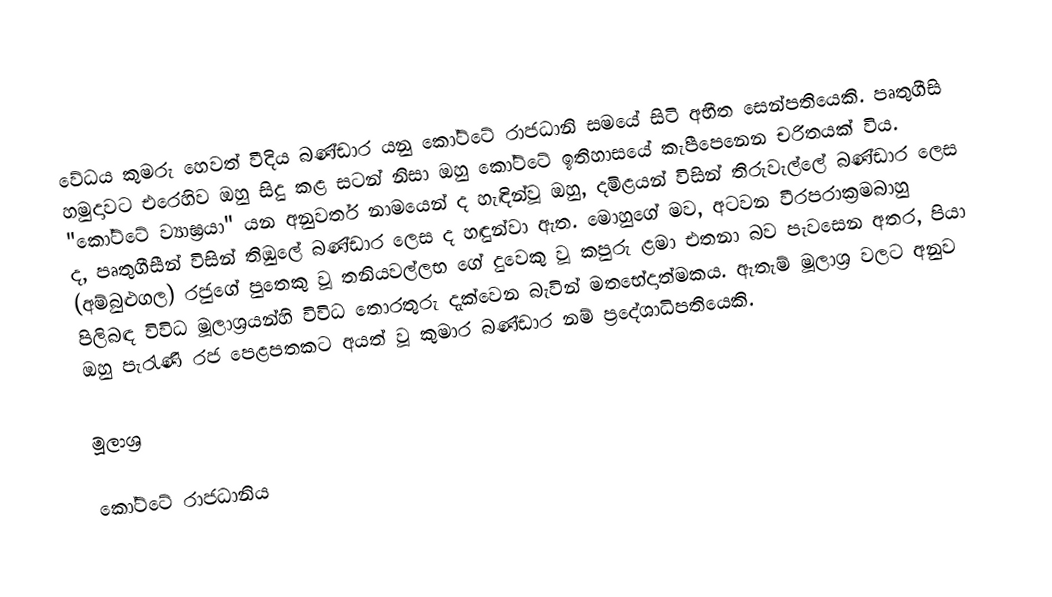
වේධය කුමරු හෙවත් වීදිය බණ්ඩාර යනු කෝට්ටේ රාජධානි සමයේ සිටි අභීත සෙන්පතියෙකි. පෘතුගීසි හමුදාවට එරෙහිව ඔහු සිදු කළ සටන් නිසා ඔහු කෝට්ටේ ඉතිහාසයේ කැපීපෙනෙන චරිතයක් විය. "කෝට්ටේ ව්‍යාඝ්‍රයා" යන අනුවර්ත නාමයෙන් ද හැඳින්වූ ඔහු, දමිළයන් විසින් තිරුවැල්ලේ බණ්ඩාර ලෙස ද, පෘතුගීසීන් විසින් තිඹුලේ බණ්ඩාර ලෙස ද හඳුන්වා ඇත. මොහුගේ මව, අටවන වීරපරාක්‍රමබාහු (අම්බුළුගල) රජුගේ පුතෙකු වූ තනියවල්ලභ ගේ දුවෙකු වූ කපුරු ළමා එතනා  බව පැවසෙන අතර, පියා පිලිබඳ විවිධ මූලාශ්‍රයන්හි විවිධ තොරතුරු දැක්වෙන බැවින් මතභේදාත්මකය. ඇතැම් මූලාශ්‍ර වලට අනුව ඔහු පැරැණි රජ පෙළපතකට අයත් වූ කුමාර බණ්ඩාර නම් ප්‍රදේශාධිපතියෙකි.

මූලාශ්‍ර

කෝට්ටේ රාජධානිය